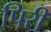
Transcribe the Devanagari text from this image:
पिरी